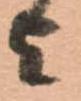
を